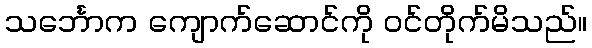
သင်္ဘောက ကျောက်ဆောင်ကို ဝင်တိုက်မိသည်။